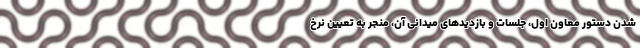
شدن دستور معاون اول، جلسات و بازدید‌های میدانی آن، منجر به تعیین نرخ